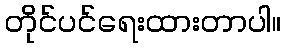
တိုင်ပင်ရေးထားတာပါ။